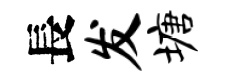
長发塘